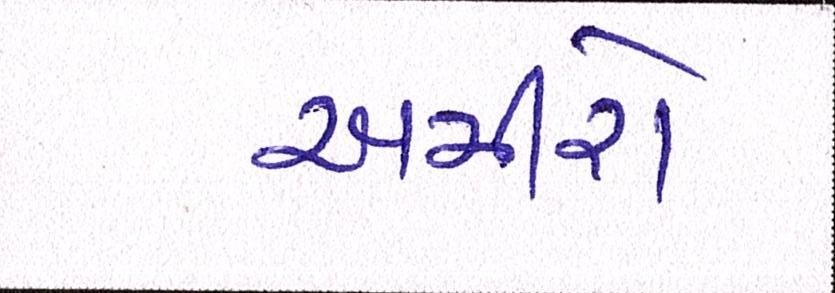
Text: અમીરો